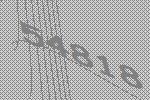
54818